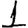
Digit: 1